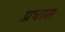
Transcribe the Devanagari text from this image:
प्रधास